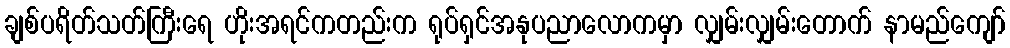
ချစ်ပရိတ်သတ်ကြီးရေ ဟိုးအရင်ကတည်းက ရုပ်ရှင်အနုပညာလောကမှာ လျှမ်းလျှမ်းတောက် နာမည်ကျော်